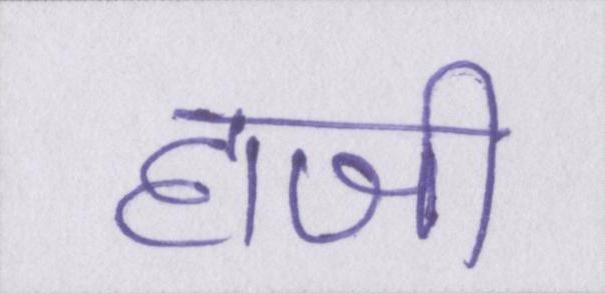
हाजी